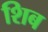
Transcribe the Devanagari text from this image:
शिब